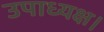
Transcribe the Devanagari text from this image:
उपाध्यक्ष।